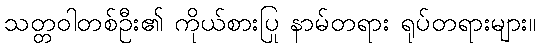
သတ္တဝါတစ်ဦး၏ ကိုယ်စားပြု နာမ်တရား ရုပ်တရားများ။